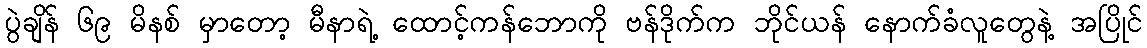
ပွဲချိန် ၆၉ မိနစ် မှာတော့ မီနာရဲ့ ထောင့်ကန်ဘောကို ဗန်ဒိုက်က ဘိုင်ယန် နောက်ခံလူတွေနဲ့ အပြိုင်